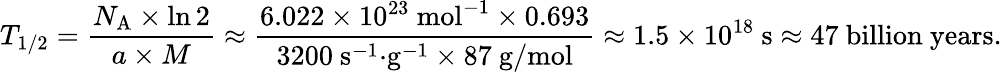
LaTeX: T_{1/2}={\frac{N_{\mathrm{A}}\times\ln 2}{a\times M}}\approx{\frac{6.022\times 10^{23}{\mathrm{~mol}}^{-1}\times 0.693}{3200{\mathrm{~s}}^{-1}{\cdot}{\mathrm{g}}^{-1}\times 87{\mathrm{~g/mol}}}}\approx 1.5\times 10^{18}{\mathrm{~s}}\approx 47{\mathrm{~billion~years}}.